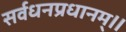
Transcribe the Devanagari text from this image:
सर्वधनप्रधानम्॥